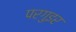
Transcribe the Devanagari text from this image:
परगुइर